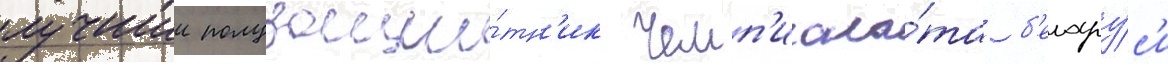
лучшии полузащи́тн'ик чемп'иона́та б'елару́с'и